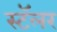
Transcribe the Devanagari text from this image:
स्टॅलर